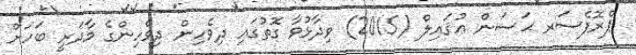
ޕްރޮފެސަރ ޙަސަން ޢުޤައިލް (2015) ވިދާޅުވާ ގޮތުގައި ދިވެހިން ދިވެހިންގެ މާދަރީ ބަހަށް